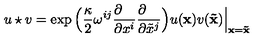
u \star v = \exp \Big ( { \frac { \kappa } { 2 } } \omega ^ { i j } { \frac { \partial \phantom { x ^ { i } } } { \partial x ^ { i } } } { \frac { \partial \phantom { x ^ { j } } } { \partial { \tilde { x } } ^ { j } } } \Big ) u ( { \bf x } ) v ( { \bf { \tilde { x } } } ) \Big \vert _ { { \bf x } = { \bf { \tilde { x } } } }